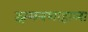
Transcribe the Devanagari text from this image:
झमनशाहाला